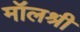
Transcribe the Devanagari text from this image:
मॉलश्री